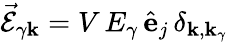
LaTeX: \vec{\mathcal{E}}_{\gamma{\mathbf k}}=V\, E_{\gamma}\, \hat{\mathbf e}_{j}\, \delta_{{\mathbf k},{\mathbf k}_{\gamma}}